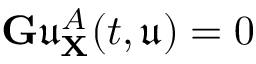
\mathbf { G } \mathfrak { u } _ { \mathbf { X } } ^ { A } ( t , \mathfrak { u } ) = 0